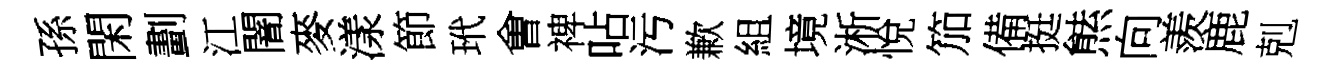
孫閑劃江闇麥漾節玳㑹禆呫污歉組境淅悅笳備挺㷱向羨鹿剋